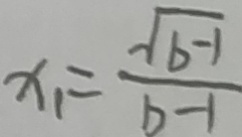
x _ { 1 } = \frac { \sqrt { b - 1 } } { b - 1 }